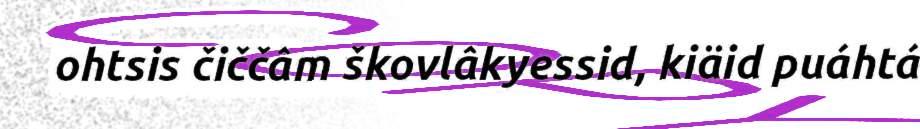
ohtsis čiččâm škovlâkyessid, kiäid puáhtá